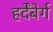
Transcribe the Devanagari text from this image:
हर्देंबेर्ग